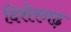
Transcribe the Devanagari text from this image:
दिशेरगढ़